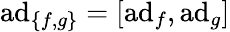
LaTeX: \operatorname{ad}_{\{ f,g\} }=[\operatorname{ad}_{f},\operatorname{ad}_{g}]